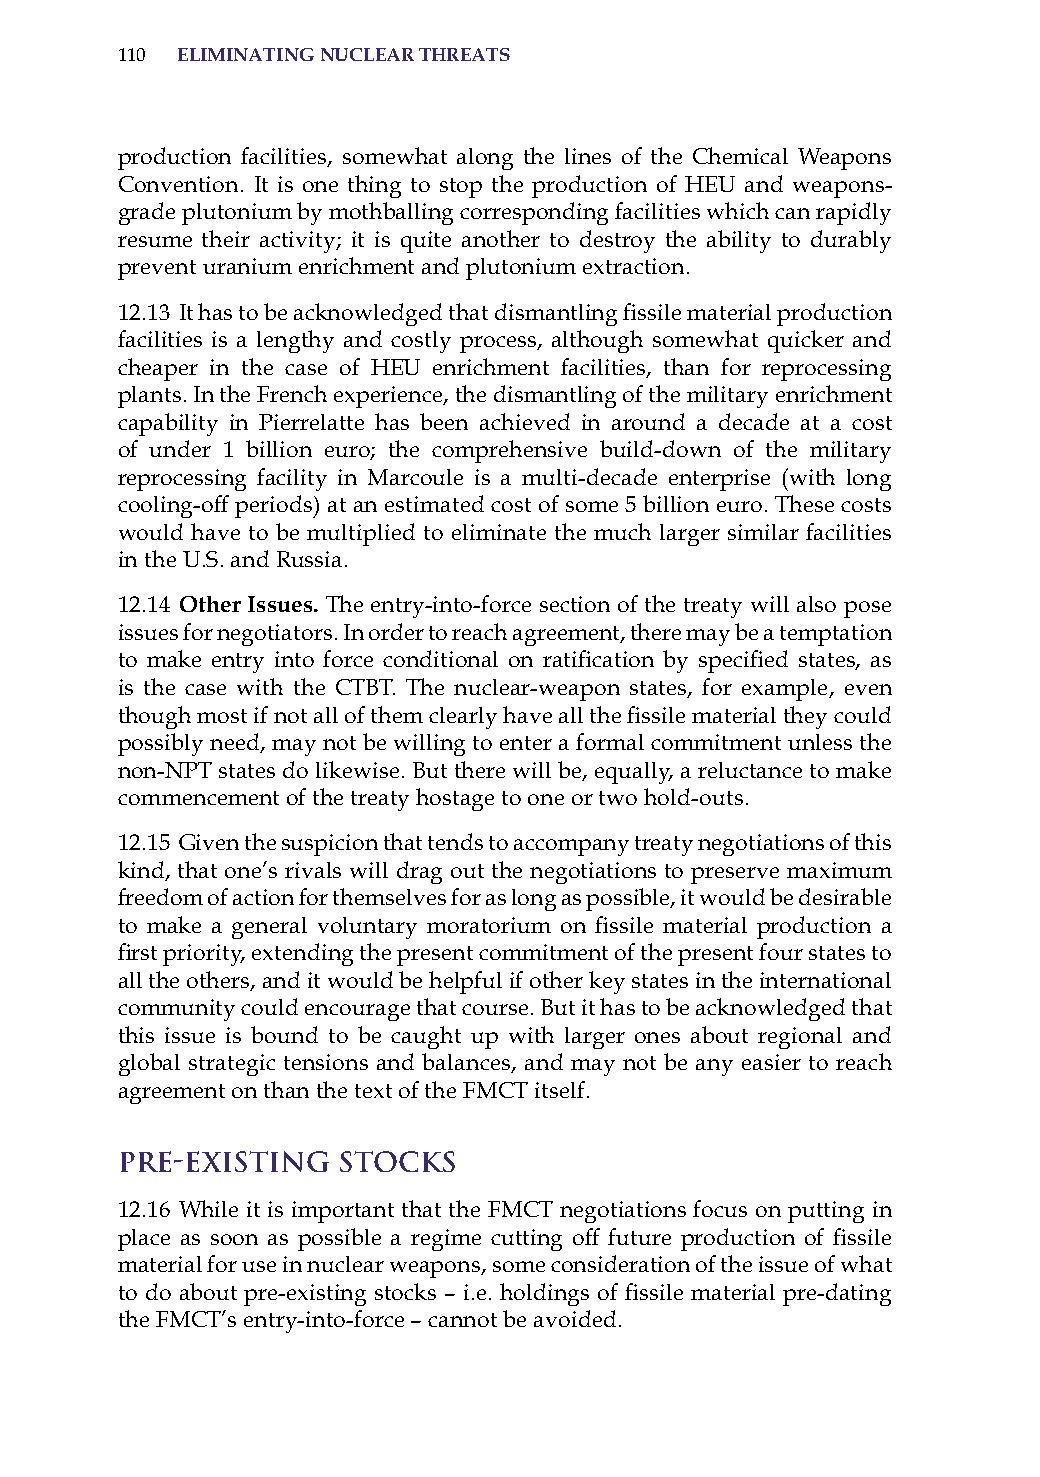
110 eliminatinG nuclear threats
 production facilities, somewhat along the lines of the Chemical Weapons
 Convention. it is one thing to stop the production of hEU and weapons-
 grade plutonium by mothballing corresponding facilities which can rapidly
 resume their activity; it is quite another to destroy the ability to durably
 prevent uranium enrichment and plutonium extraction.
 12.13 It has to be acknowledged that dismantling fissile material production
 facilities is a lengthy and costly process, although somewhat quicker and
 cheaper in the case of hEU enrichment facilities, than for reprocessing
 plants. in the French experience, the dismantling of the military enrichment
 capability in Pierrelatte has been achieved in around a decade at a cost
 of under 1 billion euro; the comprehensive build-down of the military
 reprocessing facility in Marcoule is a multi-decade enterprise (with long
 cooling-off periods) at an estimated cost of some 5 billion euro. These costs
 would have to be multiplied to eliminate the much larger similar facilities
 in the U.s. and russia.
 12.14 other issues. The entry-into-force section of the treaty will also pose
 issues for negotiators. in order to reach agreement, there may be a temptation
 to make entry into force conditional on ratification by specified states, as
 is the case with the CTBT. The nuclear-weapon states, for example, even
 though most if not all of them clearly have all the fissile material they could
 possibly need, may not be willing to enter a formal commitment unless the
 non-NPT states do likewise. But there will be, equally, a reluctance to make
 commencement of the treaty hostage to one or two hold-outs.
 12.15 Given the suspicion that tends to accompany treaty negotiations of this
 kind, that one’s rivals will drag out the negotiations to preserve maximum
 freedom of action for themselves for as long as possible, it would be desirable
 to make a general voluntary moratorium on fissile material production a
 first priority, extending the present commitment of the present four states to
 all the others, and it would be helpful if other key states in the international
 community could encourage that course. But it has to be acknowledged that
 this issue is bound to be caught up with larger ones about regional and
 global strategic tensions and balances, and may not be any easier to reach
 agreement on than the text of the FMCT itself.
 Pre-Existing  Stocks
 12.16 While it is important that the FMCT negotiations focus on putting in
 place as soon as possible a regime cutting off future production of fissile
 material for use in nuclear weapons, some consideration of the issue of what
 to do about pre-existing stocks – i.e. holdings of fissile material pre-dating
 the FMCT’s entry-into-force – cannot be avoided.